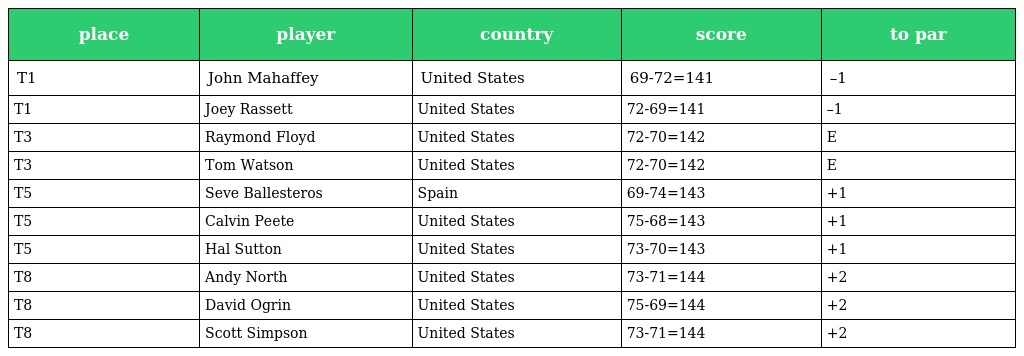
| place | player | country | score | to par |
 | --- | --- | --- | --- | --- |
 | T1 | John Mahaffey | United States | 69-72=141 | –1 |
 | T1 | Joey Rassett | United States | 72-69=141 | –1 |
 | T3 | Raymond Floyd | United States | 72-70=142 | E |
 | T3 | Tom Watson | United States | 72-70=142 | E |
 | T5 | Seve Ballesteros | Spain | 69-74=143 | +1 |
 | T5 | Calvin Peete | United States | 75-68=143 | +1 |
 | T5 | Hal Sutton | United States | 73-70=143 | +1 |
 | T8 | Andy North | United States | 73-71=144 | +2 |
 | T8 | David Ogrin | United States | 75-69=144 | +2 |
 | T8 | Scott Simpson | United States | 73-71=144 | +2 |